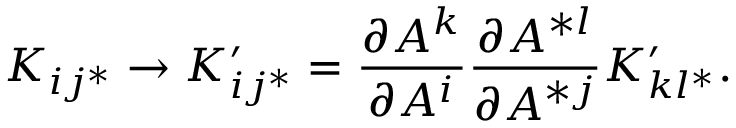
K _ { i j ^ { * } } \rightarrow K _ { i j ^ { * } } ^ { \prime } = { \frac { \partial A ^ { k } } { \partial A ^ { i } } } { \frac { \partial A ^ { * l } } { \partial A ^ { * j } } } K _ { k l ^ { * } } ^ { \prime } .